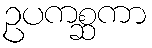
ဥပကစ္ဆကာ